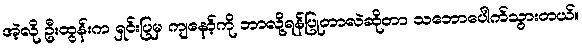
အဲ့လို ဦးထွန်းက ရှင်းပြမှ ကျနော့်ကို ဘာလို့ရန်ပြုတာလဲဆိုတာ သဘောပေါက်သွားတယ်။